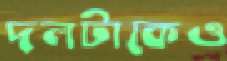
দলটাকেও